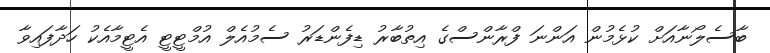
ބާސެލޯނާއަށް ކުޅެމުން އަންނަ ފްރާންސްގެ އިތުބާރު ޑިފެންޑަރު ސެމުއެލް އުމްޓީޓީ އެޓީމާއެކު ހަދާފައިވާ